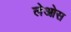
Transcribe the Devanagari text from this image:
लेओस